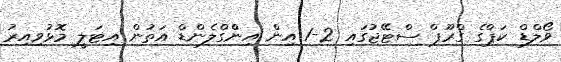
ވޯލްޑް ކަޕްގެ ގްރޫޕް ސްޓޭޖުގައި 2-1 އިން އިންްގްލެންޑް އަތުން އިޓަލީ މޮޅުވިއިރު